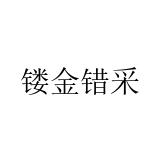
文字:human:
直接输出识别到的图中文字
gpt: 镂金错采